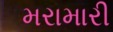
મરામારી